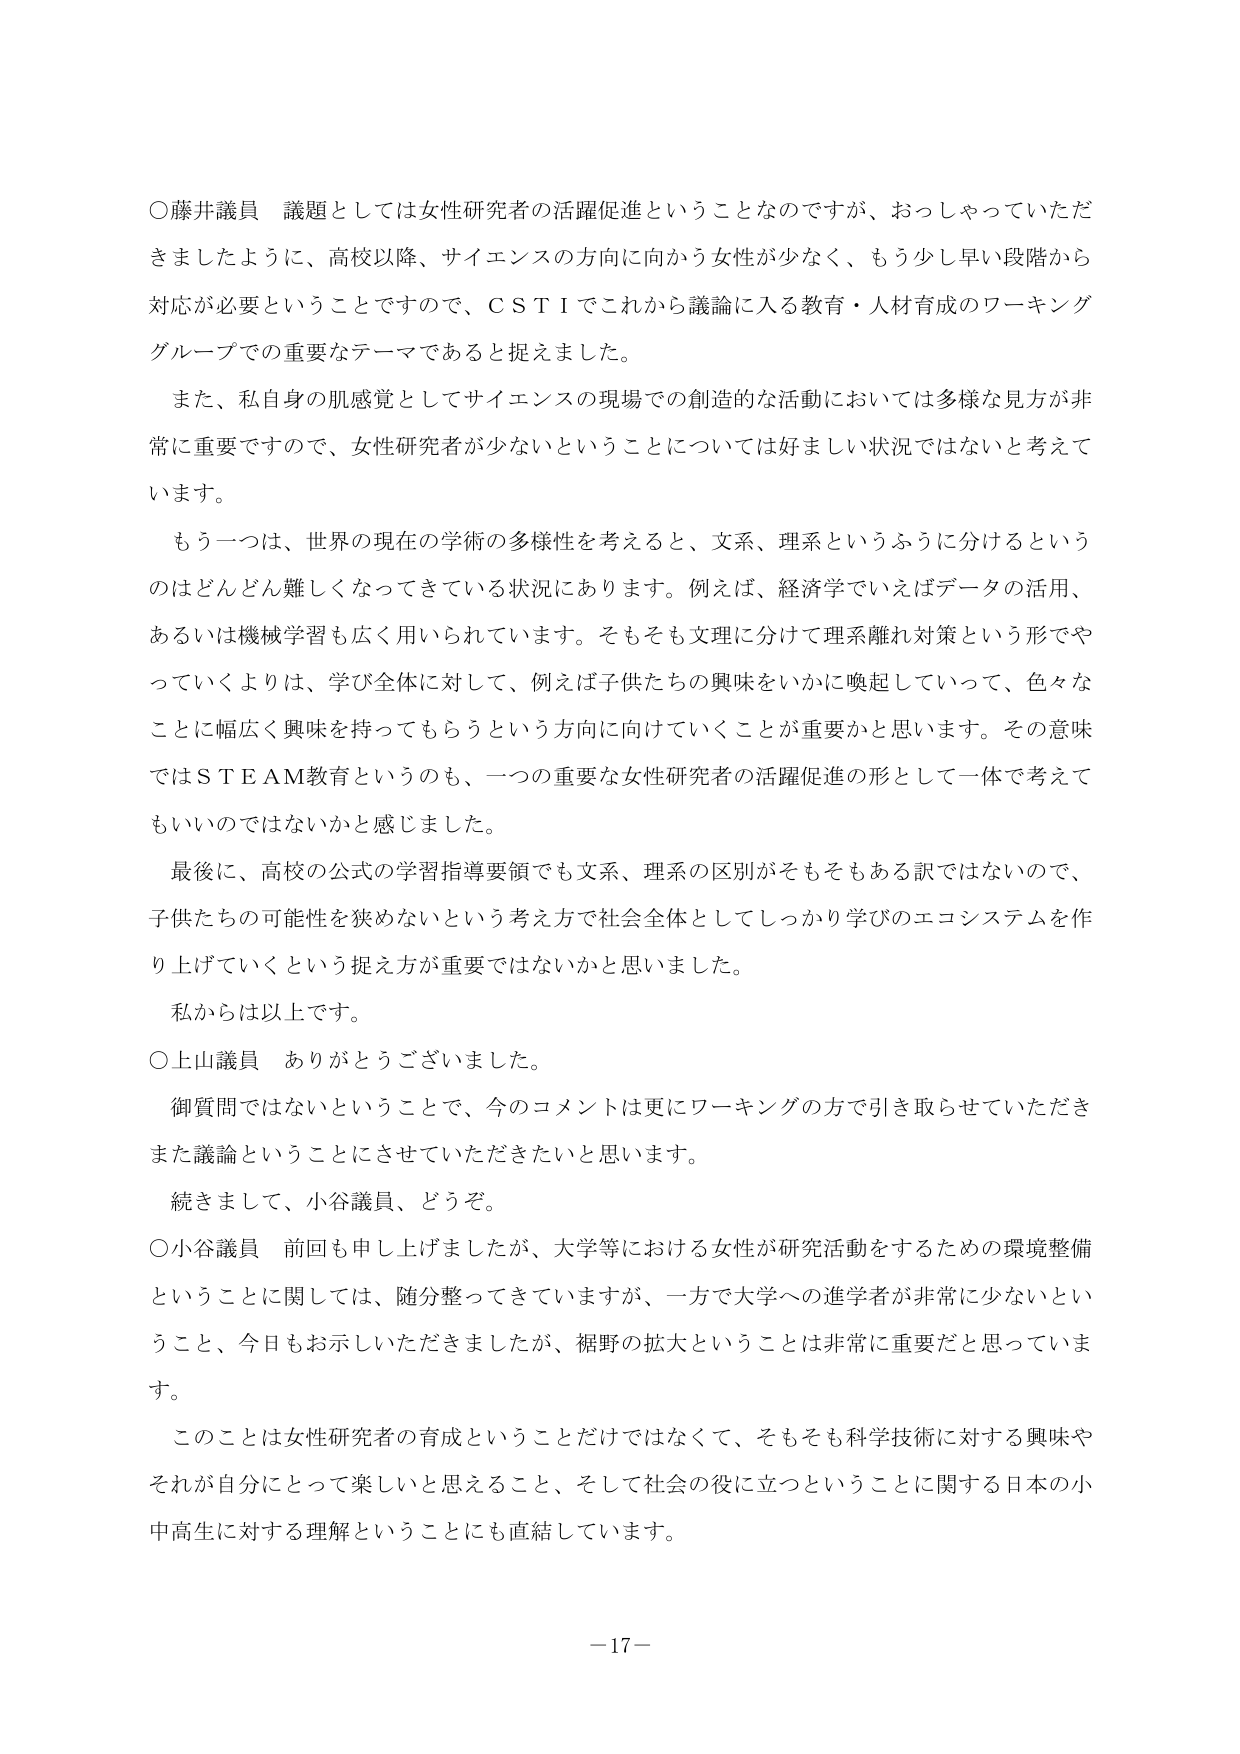
○藤井議員 議題としては女性研究者の活躍促進ということなのですが、おっしゃっていただきますたように、高校以降、サイエンスの方向に向かう女性が少なく、もう少し早い段階から対応が必要ということですので、ＣＳＴＩでこれから議論に入る教育・人材育成のワーキンググループでの重要なテーマであると捉えました。

また、私自身の肌感覚としてサイエンスの現場での創造的な活動においては多様な見方が非常に重要ですので、女性研究者が少ないということについては好ましい状況ではないと考えています。

もう一つは、世界の現在の学術の多様性を考えると、文系、理系というふうに分けるというのはどんどん難しくなってきている状況にあります。例えば、経済学でいえばデータの活用、あるいは機械学習も広く用いられています。そもそも文理に分けて理系離れ対策という形でやっていくよりは、学び全体に対して、例えば子供たちの興味をいかに喚起していって、色々なことに幅広く興味を持ってもらうという方向に向けていくことが重要かと思います。その意味ではＳＴＥＡＭ教育というのも、一つの重要な女性研究者の活躍促進の形として一体で考えてもいいのではないかと感じました。

最後に、高校の公式の学習指導要領でも文系、理系の区別がそもそもある訳ではないので、子供たちの可能性を狭めないという考え方で社会全体としてしっかり学びのエコシステムを作り上げていくという捉え方が重要ではないかと思いました。

私からは以上です。

○上山議員 ありがとうございました。

御質問ではないということで、今のコメントは更にワーキングの方で引き取らせていただきまた議論ということにさせていただきたいと思います。

続きまして、小谷議員、どうぞ。

○小谷議員 前回も申し上げましたが、大学等における女性が研究活動をするための環境整備ということに関しては、随分整ってきていますが、一方で大学への進学者が非常に少ないということ、今日もお示しいただきましたが、裾野の拡大ということは非常に重要だと思っています。

このことは女性研究者の育成ということだけではなくて、そもそも科学技術に対する興味やそれが自分にとって楽しいと思えること、そして社会の役に立つということに関する日本の小中高生に対する理解ということにも直結しています。

－17－